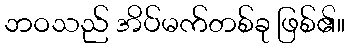
ဘဝသည် အိပ်မက်တစ်ခု ဖြစ်၏။